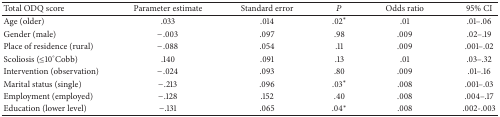
| Total ODQ score | Parameter estimate | Standard error | P | Odds ratio | 95% CI |
 | --- | --- | --- | --- | --- | --- |
 | Age (older) | .033 | .014 | .02* | .01 | .01–.06 |
 | Gender (male) | −.003 | .097 | .98 | .009 | .02–.19 |
 | Place of residence (rural) | −.088 | .054 | .11 | .009 | .001–.02 |
 | Scoliosis (≤10°Cobb) | .140 | .091 | .13 | .01 | .03–.32 |
 | Intervention (observation) | −.024 | .093 | .80 | .009 | .01–.16 |
 | Marital status (single) | −.213 | .096 | .03* | .008 | .001–.03 |
 | Employment (employed) | −.128 | .152 | .40 | .008 | .004–.17 |
 | Education (lower level) | −.131 | .065 | .04* | .008 | .002-.003 |